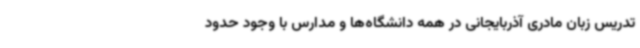
تدریس زبان مادری آذربایجانی در همه دانشگاه‌ها و مدارس با وجود حدود